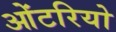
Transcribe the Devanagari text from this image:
ओंटरियो